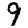
Digit: 9